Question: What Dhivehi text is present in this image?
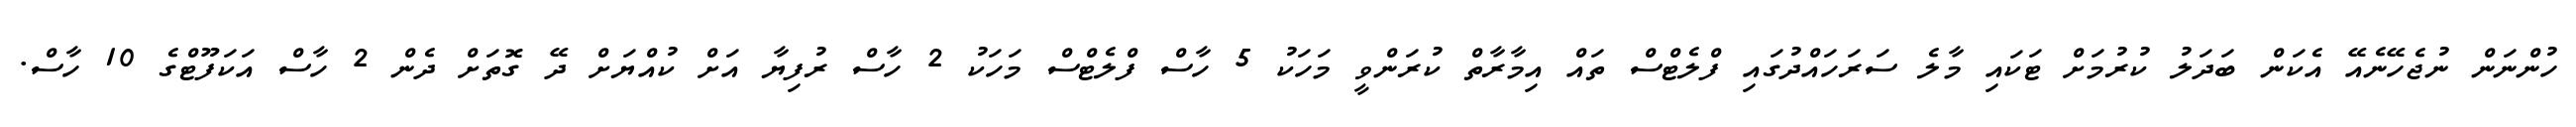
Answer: ހުންނަން ނުޖެހޭނެއޭ އެކަން ބަދަލު ކުރުމަށް ޓަކައި މާލެ ސަރަހައްދުގައި ފްލެޓްސް ތައް އިމާރާތް ކުރަންވީ މަހަކު 5 ހާސް ފްލެޓްސް މަހަކު 2 ހާސް ރުފިޔާ އަށް ކުއްޔަށް ދޭ ގޮތަށް ދެން 2 ހާސް އަކަފޫޓްގެ 10 ހާސް.